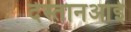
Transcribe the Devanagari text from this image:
देस्तानआई